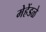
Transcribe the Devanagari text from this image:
मेहेंडळे